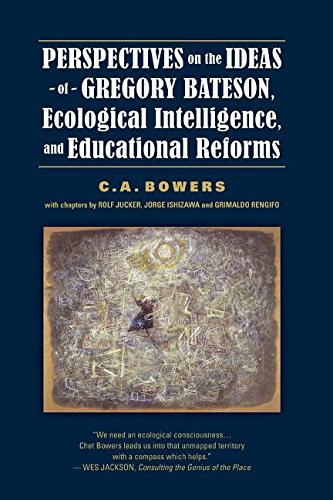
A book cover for Perspectives on the Ideas of Gregory Bateson, Ecological Intelligence, and Educational Reforms; C. A. Bowers; Education & Teaching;